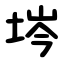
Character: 埁